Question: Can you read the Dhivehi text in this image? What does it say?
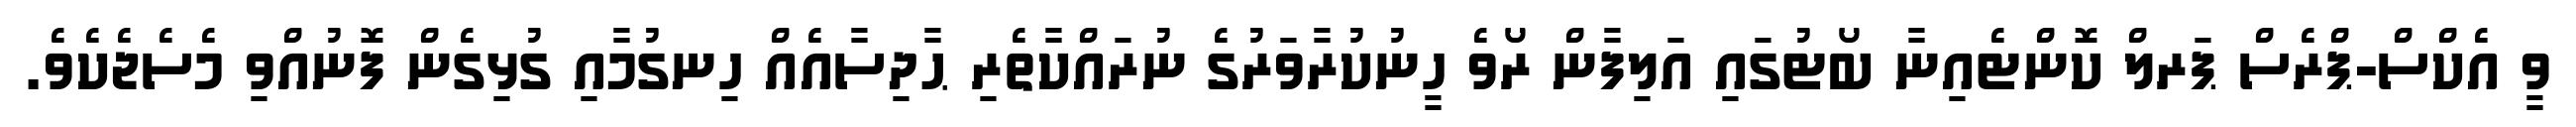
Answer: ވީ އެކްސް-ޕްރެސް ޕަރލް ކޮންޓެއިނާ ބޯޓުގައި އަލިފާން ރޯވެ ހީނުކުރާވަރުގެ ނުރައްކާތެރި ޙާދިސާއެއް ހިނގުމާއި ގުޅިގެން ފޮނުއްވި މެސެޖެކެވެ.